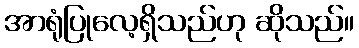
အာရုံပြုလေ့ရှိသည်ဟု ဆိုသည်။